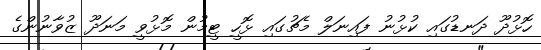
ހޮޅުދޫ ދަނޑުގައި ކުޅުނު ފައިނަލް މެޗުގައި ޅޮހީ ޓީމުން މޮޅުވީ މަނަދޫ ޒުވާނުންގެ